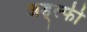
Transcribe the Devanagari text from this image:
अड्ल्फी